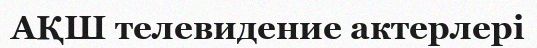
АҚШ телевидение актерлері